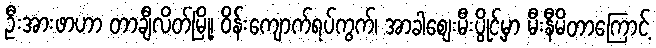
ဦးအားဖာဟာ တာချီလိတ်မြို့၊ ဝိန်းကျောက်ရပ်ကွက်၊ အာခါစျေးမီးပွိုင့်မှာ မီးနီမိတာကြောင့်